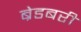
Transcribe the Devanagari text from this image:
ब्रेडबरी